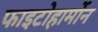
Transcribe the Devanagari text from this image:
फाइटोहार्मोन